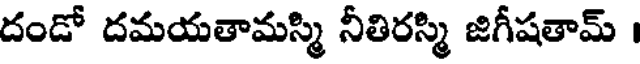
దండో దమయతామస్మి నీతిరస్మి జిగీషతామ్ ।